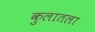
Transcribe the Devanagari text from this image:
कुलातला